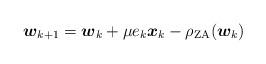
LaTeX: \begin{align*}\boldsymbol{w}_{k+1} = \boldsymbol{w}_k + \mu e_k\boldsymbol{x}_k - \rho_{\rm ZA} (\boldsymbol{w}_k)\end{align*}